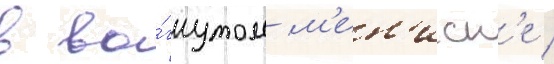
в во́гнутом м'ен'иск'е /